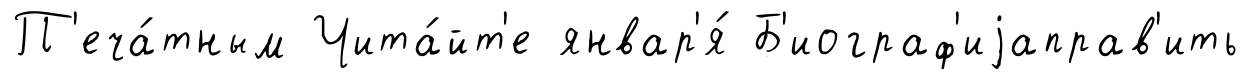
П'еча́тным Чита́йт'е январ'я́ Б'иограф'иjаправ'ить